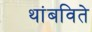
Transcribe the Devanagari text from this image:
थांबविते